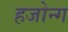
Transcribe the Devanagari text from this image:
हजोन्ग